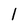
Character: 1